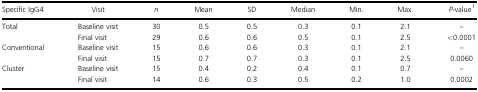
<table><thead><tr><td><b>Specific IgG4</b></td><td><b>Visit</b></td><td><b><i>n</i></b></td><td><b>Mean</b></td><td><b>SD</b></td><td><b>Median</b></td><td><b>Min.</b></td><td><b>Max.</b></td><td><b><i>P</i>-value1</b></td></tr></thead><tbody><tr><td rowspan="2">Total</td><td>Baseline visit</td><td>30</td><td>0.5</td><td>0.5</td><td>0.3</td><td>0.1</td><td>2.1</td><td>–</td></tr><tr><td>Final visit</td><td>29</td><td>0.6</td><td>0.6</td><td>0.5</td><td>0.1</td><td>2.5</td><td>&lt;0.0001</td></tr><tr><td rowspan="2">Conventional</td><td>Baseline visit</td><td>15</td><td>0.6</td><td>0.6</td><td>0.3</td><td>0.1</td><td>2.1</td><td>–</td></tr><tr><td>Final visit</td><td>15</td><td>0.7</td><td>0.7</td><td>0.3</td><td>0.1</td><td>2.5</td><td>0.0060</td></tr><tr><td rowspan="2">Cluster</td><td>Baseline visit</td><td>15</td><td>0.4</td><td>0.2</td><td>0.4</td><td>0.1</td><td>0.7</td><td>–</td></tr><tr><td>Final visit</td><td>14</td><td>0.6</td><td>0.3</td><td>0.5</td><td>0.2</td><td>1.0</td><td>0.0002</td></tr></tbody></table>